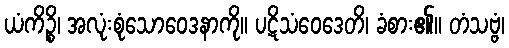
ယံကိဉ္စိ၊ အလုံးစုံသောဝေဒနာကို။ ပဋိသံဝေဒေတိ၊ ခံစား၏။ တံသဗ္ဗံ၊